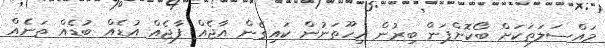
މައްސަލަތަކަށް ބޯކޮށްޕަން ބިރުން ހިހޫތަނުން ކައިގެން އާޖެއް ފާޖެއް އުޑެއް ބުޑެއް ތަނެއް